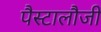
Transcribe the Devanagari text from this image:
पैस्टालौजी